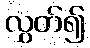
လွှတ်၍